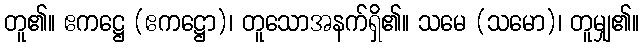
တူ၏။ ဧကဋ္ဌေ (ဧကဋ္ဌော)၊ တူသောအနက်ရှိ၏။ သမေ (သမော)၊ တူမျှ၏။